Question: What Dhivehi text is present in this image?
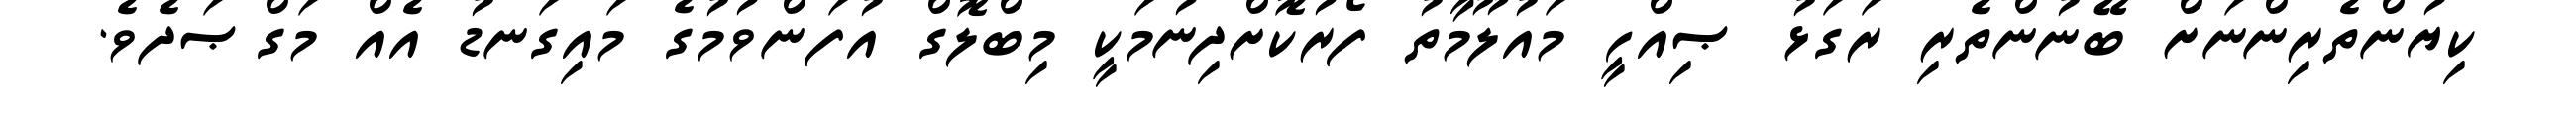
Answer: ކިޔުންތެރިންނަށް ބޭނުންތެރި ރަގަޅު ޞިއްހީ މައުލޫމާތު ފޯރުކޮށްދިނުމަކީ މިބްލޮގް އުފަންވުމުގެ މައިގަނޑު އެއް މަގްޞަދެވެ.